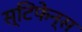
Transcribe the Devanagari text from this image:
स्टिफेन्स